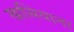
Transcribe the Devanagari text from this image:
खासियाना